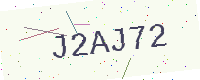
Text: J2AJ72